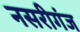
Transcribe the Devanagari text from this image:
नसरीगंज